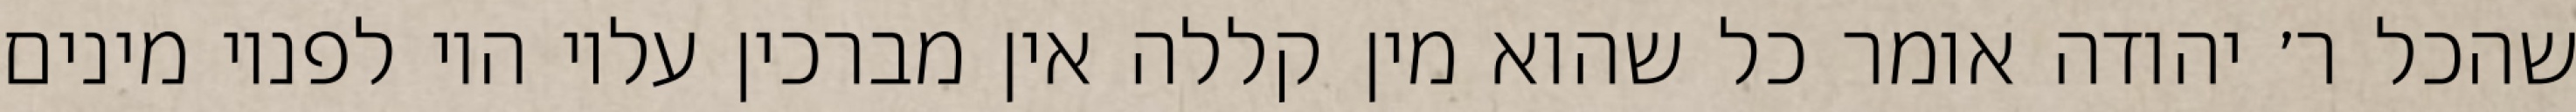
שהכל ר׳ יהודה אומר כל שהוא מין קללה אין מברכין עליו היו לפניו מינים